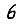
Digit: 6